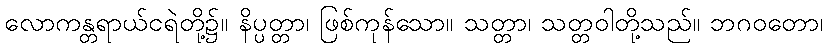
လောကန္တရာယ်ငရဲတို့၌။ နိပ္ပတ္တာ၊ ဖြစ်ကုန်သော။ သတ္တာ၊ သတ္တဝါတို့သည်။ ဘဂဝတော၊